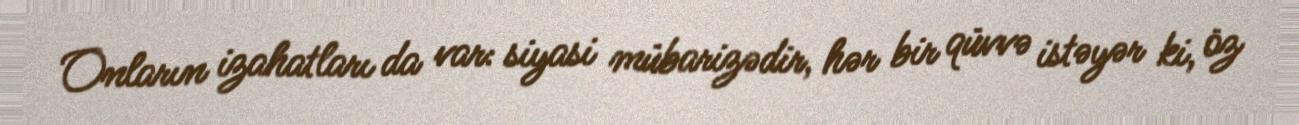
Onların izahatları da var: siyasi mübarizədir, hər bir qüvvə istəyər ki, öz